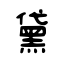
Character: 黛